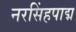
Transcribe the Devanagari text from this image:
नरसिंहपाद्म